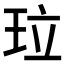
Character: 𤤔